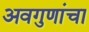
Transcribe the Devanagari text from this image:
अवगुणांचा